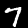
Digit: 7